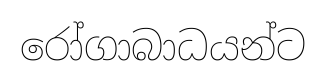
රෝගාබාධයන්ට